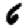
Digit: 6